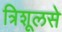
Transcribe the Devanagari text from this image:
त्रिशूलसे